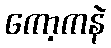
ကော့ကနဲ